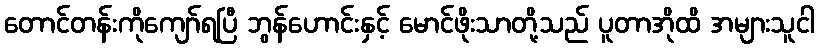
တောင်တန်းကိုကျော်ရပြီ ဘွန်ဟောင်းနှင့် မောင်ဖိုးသာတို့သည် ပူတာအိုထိ အများသူငါ